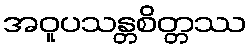
အဝူပသန္တစိတ္တဿ